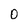
Character: O